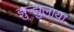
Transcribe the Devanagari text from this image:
झुन्झुलाया